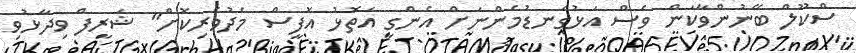
ސްކޫލް ބޭނުންވާކަން ވެސް އަޅުގަނޑުމެންނަށް އެންގީ އަތޮޅު އޮފީސް މެދުވެރިކޮށް" ޝަރީފް ވިދާޅުވި